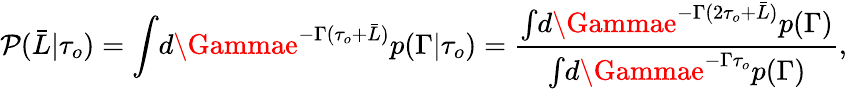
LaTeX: \mathcal{P}(\bar{{L}}\vert\tau_{o})=\int\! d\Gammae^{-\Gamma(\tau_{o}+\bar{{L}})}p(\Gamma\vert\tau_{o})=\frac{{\int\! d\Gammae^{-\Gamma(2\tau_{o}+\bar{{L}})}p(\Gamma)}}{{\int\! d\Gammae^{-\Gamma\tau_{o}}p(\Gamma)}},